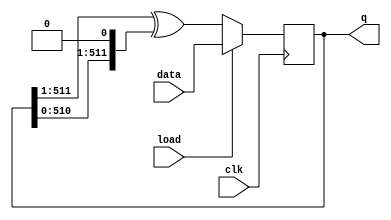
module top_module(
    input clk,
    input load,
    input [511:0] data,
    output [511:0] q ); 

    always @(posedge clk) begin
        if(load)
            q <= data;
        else
            q <= {1'b0, q[511:1]}^{q[510:0],1'b0};
    end
endmodule